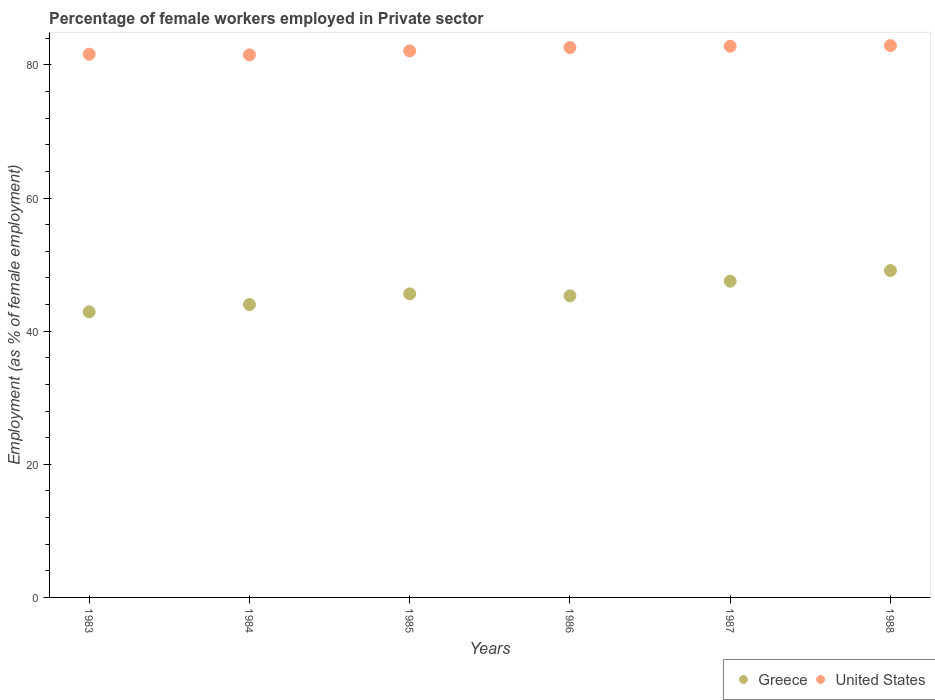
| Years | Greece | United States |
 | --- | --- | --- |
 | 1983 | 42.9 | 81.6 |
 | 1984 | 44 | 81.5 |
 | 1985 | 45.6 | 82.1 |
 | 1986 | 45.3 | 82.6 |
 | 1987 | 47.5 | 82.8 |
 | 1988 | 49.1 | 82.9 |